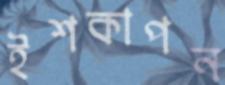
ইশকাপন